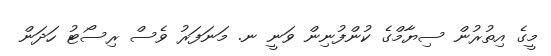
މީގެ އިތުރުން ސިޔާމްގެ ކުންފުނިން ވަނީ ނ. މަނަފަރު ވެސް ރިސޯޓު ހަދަން